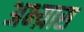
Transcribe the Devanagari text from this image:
अभ्य़ास